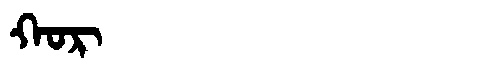
Manchu: ᡴᠣᡵ
Romanization: KOR